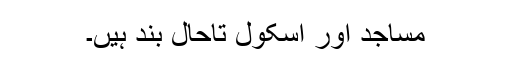
مساجد اور اسکول تاحال بند ہیں۔